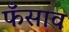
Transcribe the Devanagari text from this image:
फँसाव